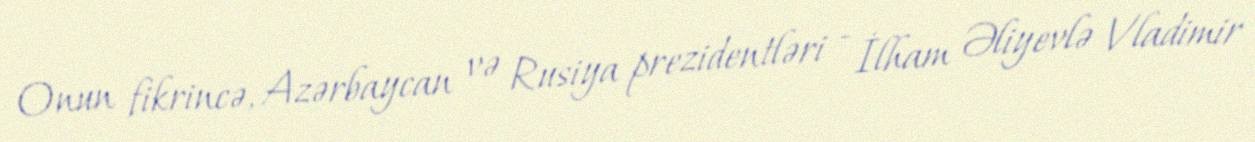
Onun fikrincə, Azərbaycan və Rusiya prezidentləri - İlham Əliyevlə Vladimir